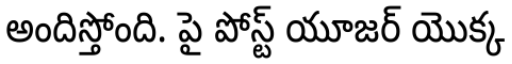
అందిస్తోంది. పై పోస్ట్ యూజర్ యొక్క